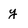
Character: y